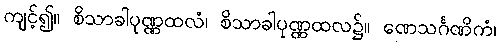
ကျင့်၍။ စိသာခါပုဏ္ဏထလံ၊ စိသာခါပုဏ္ဏထလ၌။ ဏေသင်္ဂဏိကံ၊